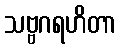
သဗ္ဗဂရဟိတာ